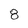
Character: 8